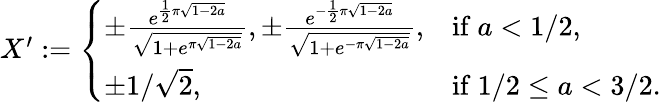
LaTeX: \begin{array}{r}{X^{\prime}:=\left\{ \begin{array}{ll}{\pm\frac{e^{\frac{1}{2}\pi\sqrt{1-2a}}}{\sqrt{1+e^{\pi\sqrt{1-2a}}}},\pm\frac{e^{-\frac{1}{2}\pi\sqrt{1-2a}}}{\sqrt{1+e^{-\pi\sqrt{1-2a}}}},}&{\mathrm{if~}a<1/2,}\\ {\pm 1/\sqrt{2},}&{\mathrm{if~}1/2\leq a<3/2.}\end{array}\right.}\end{array}